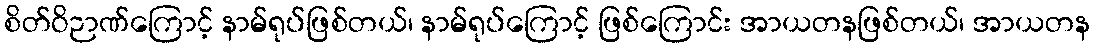
စိတ်ဝိဉာဏ်ကြောင့် နာမ်ရုပ်ဖြစ်တယ်၊ နာမ်ရုပ်ကြောင့် ဖြစ်ကြောင်း အာယတနဖြစ်တယ်၊ အာယတန